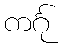
ကင်္ဂု